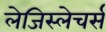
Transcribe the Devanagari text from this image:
लेजिस्लेचर्स